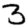
Digit: 3